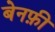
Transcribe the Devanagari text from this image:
बेनफ़ी